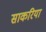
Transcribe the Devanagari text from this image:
साकरिया